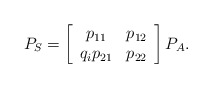
\begin{align*} P_{S} = \left[\begin{array}{cc} {p_{11} } & {p_{12} } \\ {q_{i} p_{21} } & {p_{22} } \end{array}\right] P_{A}.\end{align*}